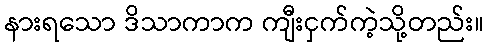
နားရသော ဒိသာကာက ကျီးငှက်ကဲ့သို့တည်း။